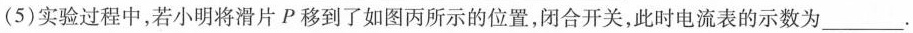
(5)实验过程中，若小明将滑片P移到了如图丙所示的位置，闭合开关，此时电流表的示数为_____。